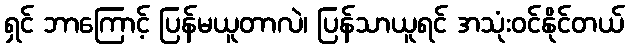
ရှင် ဘာကြောင့် ပြန်မယူတာလဲ၊ ပြန်သာယူရင် အသုံးဝင်နိုင်တယ်